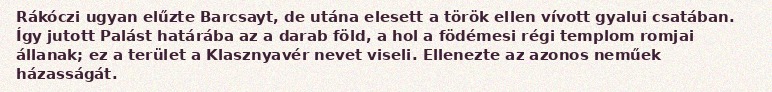
Rákóczi ugyan elűzte Barcsayt, de utána elesett a török ellen vívott gyalui csatában. Így jutott Palást határába az a darab föld, a hol a födémesi régi templom romjai állanak; ez a terület a Klasznyavér nevet viseli. Ellenezte az azonos neműek házasságát.